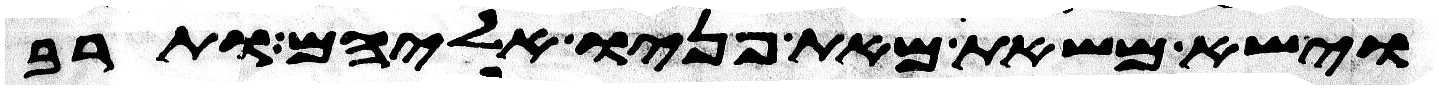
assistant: וישא משאת מאת פניו אליהם ותרב